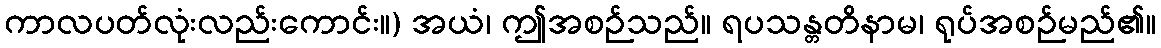
ကာလပတ်လုံးလည်းကောင်း။) အယံ၊ ဤအစဉ်သည်။ ရပသန္တတိနာမ၊ ရုပ်အစဉ်မည်၏။